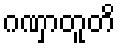
ဂဏှာတူတိ